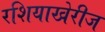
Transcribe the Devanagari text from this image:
रशियाखेरीज